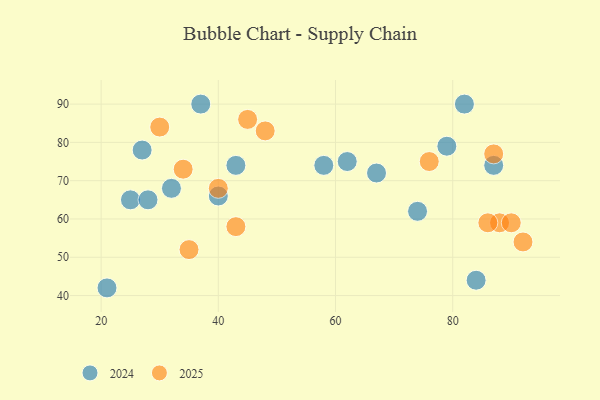
{"axis": {"x": "GDP", "y": "Life Expectancy"}, "legend": ["2024", "2025"], "data": [{"x": "74", "y": 62, "type": "2024"}, {"x": "25", "y": 65, "type": "2024"}, {"x": "62", "y": 75, "type": "2024"}, {"x": "43", "y": 74, "type": "2024"}, {"x": "79", "y": 79, "type": "2024"}, {"x": "28", "y": 65, "type": "2024"}, {"x": "82", "y": 90, "type": "2024"}, {"x": "37", "y": 90, "type": "2024"}, {"x": "40", "y": 66, "type": "2024"}, {"x": "32", "y": 68, "type": "2024"}, {"x": "58", "y": 74, "type": "2024"}, {"x": "21", "y": 42, "type": "2024"}, {"x": "84", "y": 44, "type": "2024"}, {"x": "27", "y": 78, "type": "2024"}, {"x": "87", "y": 74, "type": "2024"}, {"x": "67", "y": 72, "type": "2024"}, {"x": "87", "y": 77, "type": "2025"}, {"x": "92", "y": 54, "type": "2025"}, {"x": "45", "y": 86, "type": "2025"}, {"x": "35", "y": 52, "type": "2025"}, {"x": "88", "y": 59, "type": "2025"}, {"x": "43", "y": 58, "type": "2025"}, {"x": "40", "y": 68, "type": "2025"}, {"x": "86", "y": 59, "type": "2025"}, {"x": "34", "y": 73, "type": "2025"}, {"x": "90", "y": 59, "type": "2025"}, {"x": "30", "y": 84, "type": "2025"}, {"x": "76", "y": 75, "type": "2025"}, {"x": "48", "y": 83, "type": "2025"}]}